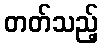
တတ်သည့်